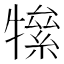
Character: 𤛡